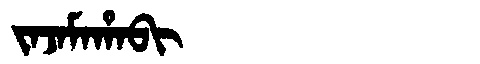
Manchu: ᠵᠠᠵᠠᠮᠠᡥᠠᠪᡳ
Romanization: JAJAMAHABI